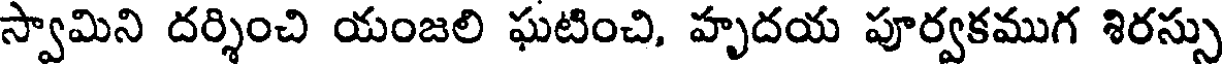
స్వామిని దర్శించి యంజలి ఘటించి, హృదయ పూర్వకముగ శిరస్సు